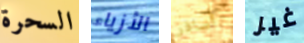
السحرة الأزياء أسافر غير